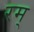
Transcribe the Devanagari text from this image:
रम्